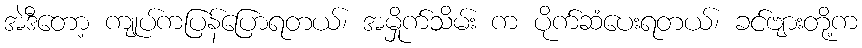
အဲဒီတော့ ကျုပ်ကပြန်ပြောရတယ်၊ အမှိုက်သိမ်း က ပိုက်ဆံပေးရတယ်၊ ခင်ဗျားတို့က